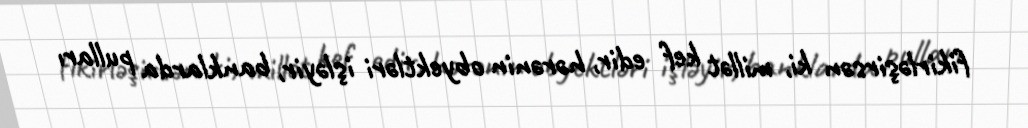
fikirləşirsən ki, millət kef edir, hərənin obyektləri işləyir, banklarda pulları